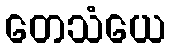
တေသံယေ